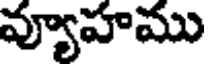
వ్యూహము